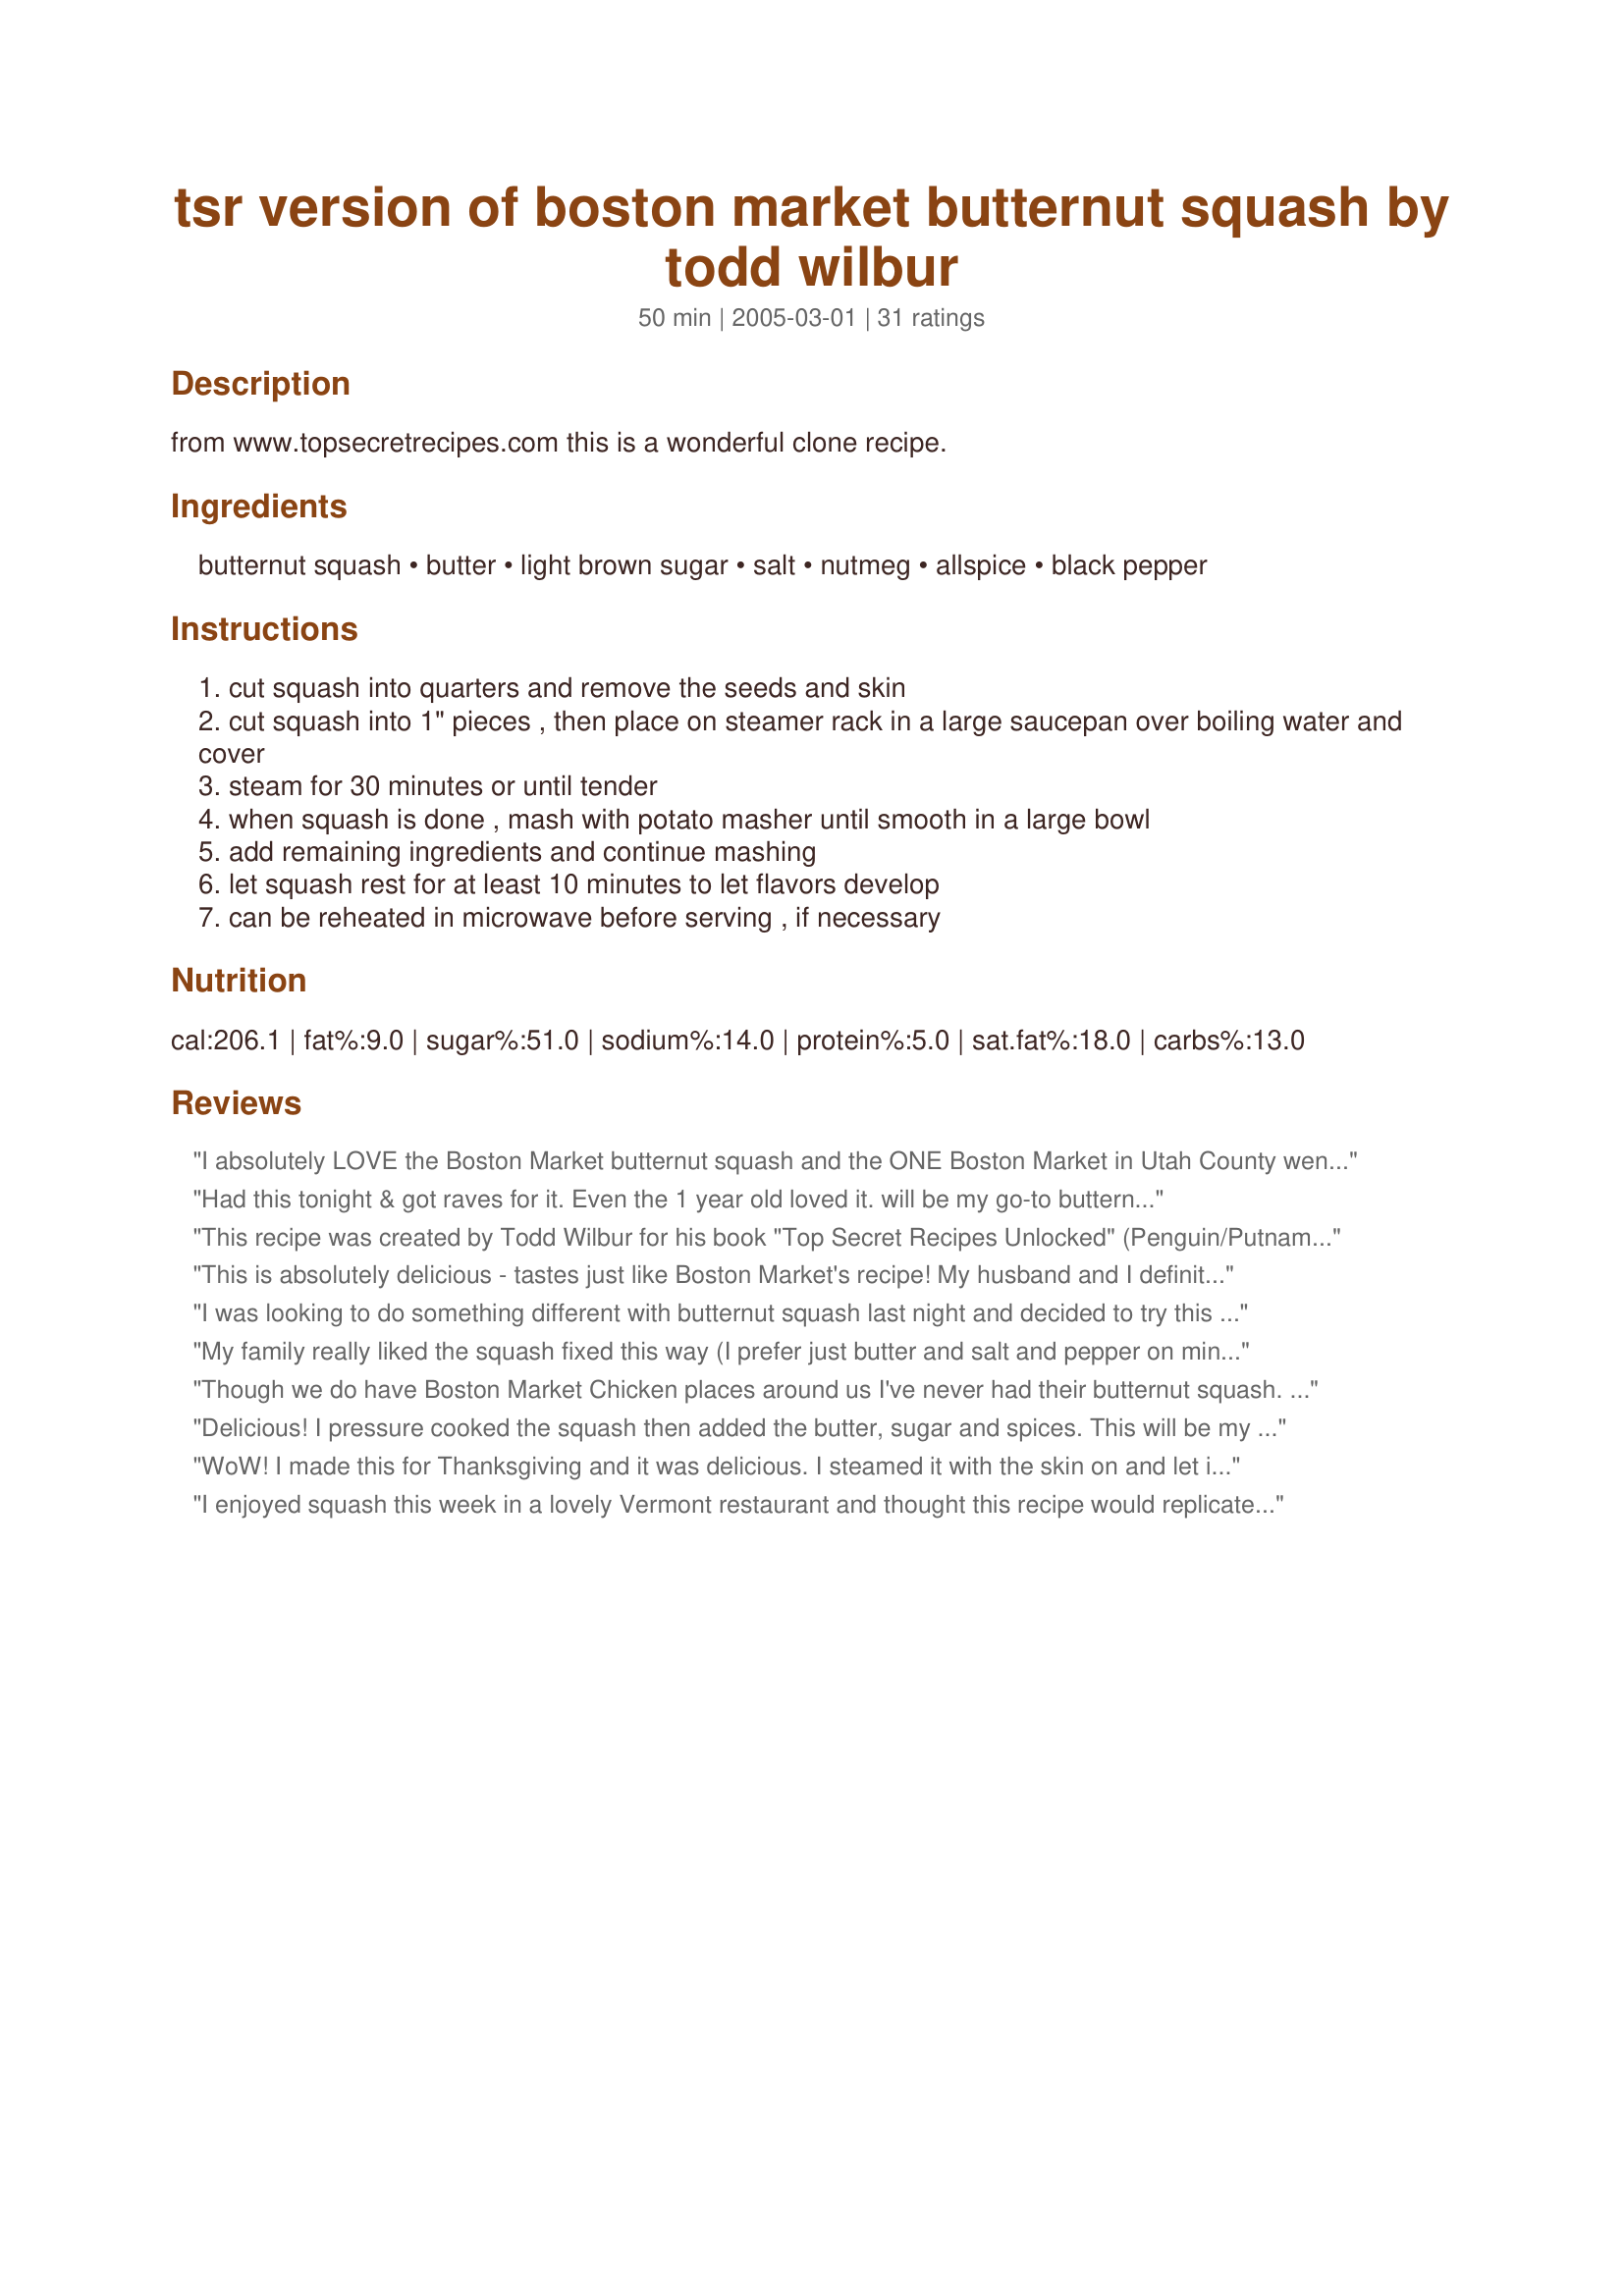
tsr version of boston market butternut squash by todd wilbur
Preparation time: 50 minutes

from www.topsecretrecipes.com this is a wonderful clone recipe.

Ingredients:
butternut squash, butter, light brown sugar, salt, nutmeg, allspice, black pepper

Steps:
cut squash into quarters and remove the seeds and skin
cut squash into 1" pieces , then place on steamer rack in a large saucepan over boiling water and cover
steam for 30 minutes or until tender
when squash is done , mash with potato masher until smooth in a large bowl
add remaining ingredients and continue mashing
let squash rest for at least 10 minutes to let flavors develop
can be reheated in microwave before serving , if necessary

Reviews:
I absolutely LOVE the Boston Market butternut squash and the ONE Boston Market in Utah County went out of business so we only get this when we travel now - but this recipe is GREAT. Thanks!
Had this tonight & got raves for it. Even the 1 year old loved it. will be my go-to butternut squash recipe! Easy, too! I find it easier to roast in oven. scooped out seeds, cut in half, face down on baking pan w/ parchment paper, 375 degrees for 45 min, then just scoop out pulp. I'm not a fan of allspice, so I used half the amount.
This recipe was created by Todd Wilbur for his book "Top Secret Recipes Unlocked" (Penguin/Putnam 2009)
This is absolutely delicious - tastes just like Boston Market's recipe! My husband and I definitely rate it 5 stars. I agree with other comments that is easier to steam the squash and then take off the peel, then mash, rather than trying to peel it before you steam it.
I was looking to do something different with butternut squash last night and decided to try this and I'm glad I did! Delicious mixture of flavors, tho peeling the squash was a pain! :) Thanks for posting this!
My family really liked the squash fixed this way (I prefer just butter and salt and pepper on mine). The family gave this recipe four stars. Thanks for sharing.
Though we do have Boston Market Chicken places around us I've never had their butternut squash. I found a cute little butternut squash, just enough for my husband and myself, and decided to 'test drive' this recipe for Thanksgiving. It was delicious, and so simple! Like some other reviewers did, I didn't peel the squash until after it was steamed and it was very easy to slide the flesh right off the skin by holding it flesh side up and using your thumb to just slide it off. As I'm writing this, I'm looking at the recipe and realized I forgot to add the brown sugar! It was wonderful (and naturally sweet) without it and I think I'll do it the same way for Thanksgiving as a couple of my guests are diabetic. Oh, yes, it made the list for Thanksgiving! Thanks for posting this delicious recipe Marie!
Delicious! I pressure cooked the squash then added the butter, sugar and spices. This will be my go to recipe from now on.
WoW! I made this for Thanksgiving and it was delicious. I steamed it with the skin on and let it cool slightly before taking it off and it came off easily. I made it the day before so all I'd have to do is reheat it on Thanksgiving. Great make ahead side!
I enjoyed squash this week in a lovely Vermont restaurant and thought this recipe would replicate the flavors. It was very close to the restaurant dish and very good! The next time, I plan to ROAST the squash rather than steaming because I thought the squash was a bit runny due to steaming. Also, use a standard vegetable peeler to remove the skin prior to steaming or roasting. It's easiest to remove the skin when the squash is WHOLE rather than cut in half.
I loved it...thank you so much for posting the recipe! I did not have any allspice but it tasted great without it:-)
I cut in quarters, removed the seeds and steamed with the skin on - it slipped right off when it was done. Yep, it tastes just like Boston Market. YUM!
The BEST butternut squash I've ever tasted. I was supposed to make an acorn squash dish for Christmas dinner and accidentally bought butternut, turns out it was a lucky mistake! This dish will become a wintertime regular at our table. Only change I made was roasting the squash for ~45 mins @ 375F instead of steaming. Thanks for the recipe!
 i suggest that you cut in half and then bake cut side down in oven after you wrestle this beast you will be glad you didnt try and cut it up you can spoon it out when tender about 1 hour and finish the recipe just trying to save your fingers hehehe thanks for posting dee
Although I've never had Boston Market's, these are SCRUMPTIOUS! The labor intensive process is worth it when you bite into your first mouthful! Kudos for posting a fantabulous recipe!
I followed the recipe exactly and it was great :)
I've never been to Boston Market so I can't compare but this was delicious! The spice combo is a refreshing change from the sweetness of most squash recipes. I left the skinning until after the steaming but will not do that again as it was too hot for my fingers. Thanx for another winner Marie!
Just made this recipe last night for today Thanksgiving meal. It is excellent... nice flavor.
This was very good. I&#039;ve never had Boston Market Squash so I don&#039;t know if it compares but this is worth doing. This has lots of flavor and is not overly sweet.
I don't like squash, but i made this for thankgiving and it turned out great everyone loved it i even tried a bit and it wasn't so bad, very easy to make.
Very good! Added an extra tablespoon of brown sugar.
Made this for a potluck at church and everyone loved it! Even my kids, who thought they didn&#039;t like squash, said it was delicious!
Delicious squash, and we loved the flavors from the spices. This is the way I plan to make our squash for the holidays we liked it so well!
This was delightful!I did roast the butternut squash in the oven for about 45 min. I added one extra dab of butter, and an extra tbs. of brown sugar. I liked the contrast in spice between the slightly sweet yet also savory. It was REALLY nice! Thank you so much for this easy, delicious recipe Marie!
Much easier to cut squash in half length-wise, scoop out seeds and pulp and bake in oven. Beats trying to peel and chop when it's raw. After its baked, simply scoop out the flesh and proceed from there.
Definitely a great dish for fall/winter. But I happened to have a butternut squash on hand so we tried it in May. Yum! Thanks for a great recipe.
So tasty. I steamed the squash in the microwave, but next time I will roast it in the oven cut side down before mashing and seasoning. I think the squash flavour would be more intensified using the other method.
I prepared it as written, but doubled the recipe. I made it to put in the freezer for Thanksgiving dinner. But it was so good I ate a bowl for lunch. Excellent! So tomorrow I have to go buy more squash.
This is a very Thanksgiving-y accompaniment! My butternut squash must've been on the small side, as the mixture ended up too buttery / soggy, but a microwaved sweet potato came quickly to the rescue! Thanks for posting a solid, good-n-traditional tasting recipe.
Great recipe! I followed the recipe exactly except the squash was done after just 20 min. I ate the leftovers cold the next day as a snack - yummy!
This was great - in a pinch, I used one box of frozen pureed squash.
